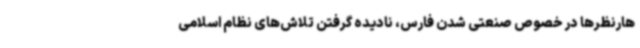
هارنظرها در خصوص صنعتی شدن فارس، نادیده گرفتن تلاش‌های نظام اسلامی